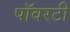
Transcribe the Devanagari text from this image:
पॉवरटी